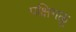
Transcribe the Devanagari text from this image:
पक्षिगळु